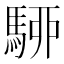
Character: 駵